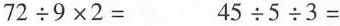
$$72\div9\times2=$$ $$45\div5\div3=$$